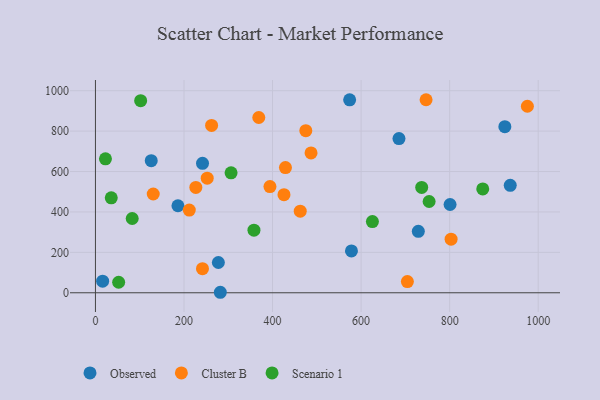
{"axis": {"x": "Price", "y": "Salary"}, "legend": ["Cluster B", "Observed", "Scenario 1"], "data": [{"x": "729.2", "y": 303.9, "type": "Observed"}, {"x": "16.2", "y": 57.2, "type": "Observed"}, {"x": "800.9", "y": 436.8, "type": "Observed"}, {"x": "186.3", "y": 430.6, "type": "Observed"}, {"x": "277.6", "y": 149.9, "type": "Observed"}, {"x": "578.2", "y": 207.2, "type": "Observed"}, {"x": "924.6", "y": 821.8, "type": "Observed"}, {"x": "685.5", "y": 763.3, "type": "Observed"}, {"x": "936.8", "y": 531.7, "type": "Observed"}, {"x": "126.0", "y": 653.6, "type": "Observed"}, {"x": "282.0", "y": 2.5, "type": "Observed"}, {"x": "241.8", "y": 640.7, "type": "Observed"}, {"x": "574.1", "y": 954.7, "type": "Observed"}, {"x": "475.1", "y": 802.2, "type": "Cluster B"}, {"x": "486.9", "y": 691.9, "type": "Cluster B"}, {"x": "975.5", "y": 923.0, "type": "Cluster B"}, {"x": "211.9", "y": 409.3, "type": "Cluster B"}, {"x": "462.5", "y": 403.8, "type": "Cluster B"}, {"x": "425.8", "y": 485.6, "type": "Cluster B"}, {"x": "368.9", "y": 867.4, "type": "Cluster B"}, {"x": "429.1", "y": 619.5, "type": "Cluster B"}, {"x": "394.1", "y": 525.6, "type": "Cluster B"}, {"x": "130.5", "y": 488.7, "type": "Cluster B"}, {"x": "803.2", "y": 265.2, "type": "Cluster B"}, {"x": "746.7", "y": 955.3, "type": "Cluster B"}, {"x": "262.3", "y": 827.9, "type": "Cluster B"}, {"x": "226.7", "y": 521.4, "type": "Cluster B"}, {"x": "704.5", "y": 55.6, "type": "Cluster B"}, {"x": "252.4", "y": 567.0, "type": "Cluster B"}, {"x": "241.7", "y": 119.5, "type": "Cluster B"}, {"x": "625.5", "y": 352.3, "type": "Scenario 1"}, {"x": "358.0", "y": 309.9, "type": "Scenario 1"}, {"x": "35.7", "y": 469.8, "type": "Scenario 1"}, {"x": "52.4", "y": 52.2, "type": "Scenario 1"}, {"x": "83.0", "y": 367.6, "type": "Scenario 1"}, {"x": "306.3", "y": 593.6, "type": "Scenario 1"}, {"x": "102.1", "y": 950.6, "type": "Scenario 1"}, {"x": "874.7", "y": 513.8, "type": "Scenario 1"}, {"x": "22.6", "y": 663.1, "type": "Scenario 1"}, {"x": "753.6", "y": 451.7, "type": "Scenario 1"}, {"x": "736.8", "y": 521.3, "type": "Scenario 1"}]}